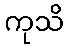
ကုသိ